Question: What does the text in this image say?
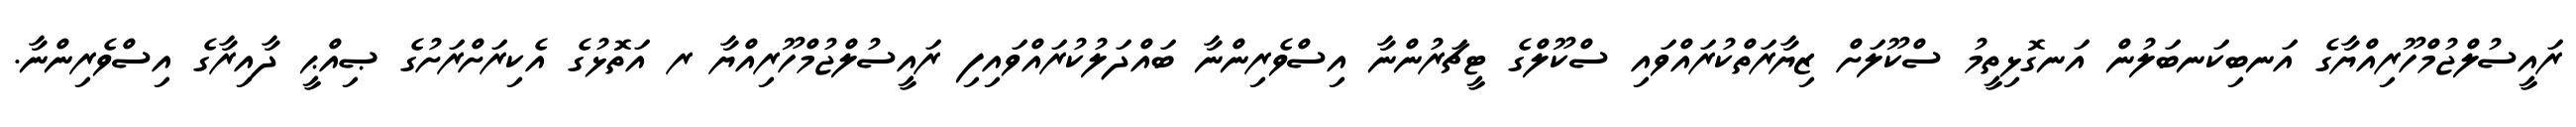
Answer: ރައީސުލްޖުމްހޫރިއްޔާގެ އަނބިކަނބަލުން އަނގޮޅިތީމު ސްކޫލަށް ޒިޔާރަތްކުރައްވައި ސްކޫލްގެ ޓީޗަރުންނާ އިސްވެރިންނާ ބައްދަލުކުރައްވައިފި ރައީސުލްޖުމްހޫރިއްޔާ ރ އަތޮޅުގެ އެކިރަށްރަށުގެ ޞިއްޙީ ދާއިރާގެ އިސްވެރިންނާ.